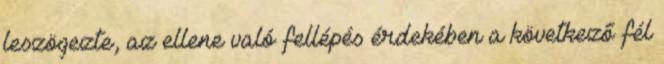
leszögezte, az ellene való fellépés érdekében a következő fél